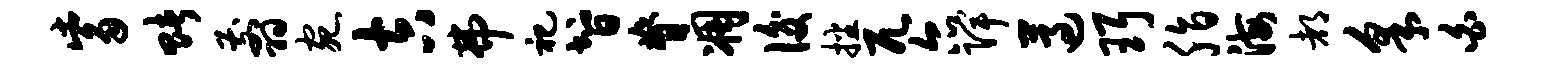
觜赌翦宛吉弗祀智脊凋后播兀尔陴遵珥脂海都采白